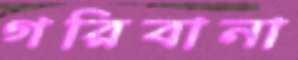
গরিবানা